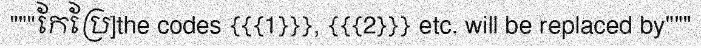
"""កែប្រែ]the codes {{{1}}}, {{{2}}} etc. will be replaced by"""